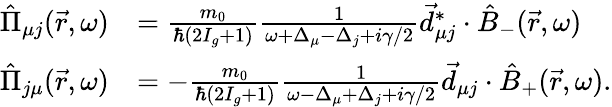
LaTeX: \begin{array}{rl}{\hat{\Pi}_{\mu j}(\vec{r},\omega)}&{=\frac{m_{0}}{\hbar(2I_{g}+1)}\frac{1}{\omega+\Delta_{\mu}-\Delta_{j}+i\gamma/2}\vec{d}_{\mu j}^{*}\cdot\hat{B}_{-}(\vec{r},\omega)}\\ {\hat{\Pi}_{j\mu}(\vec{r},\omega)}&{=-\frac{m_{0}}{\hbar(2I_{g}+1)}\frac{1}{\omega-\Delta_{\mu}+\Delta_{j}+i\gamma/2}\vec{d}_{\mu j}\cdot\hat{B}_{+}(\vec{r},\omega).}\end{array}